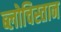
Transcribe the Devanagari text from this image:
ब्लोचिस्तान